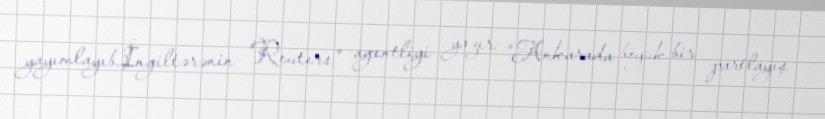
yayımlayıb.İngiltərənin "Reuters" agentliyi yazır: “Ankarada böyük bir partlayış